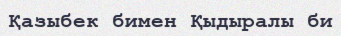
Қазыбек бимен Қыдыралы би